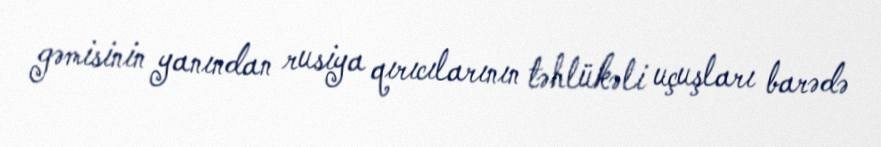
gəmisinin yanından rusiya qırıcılarının təhlükəli uçuşları barədə